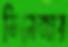
ভিলেজার